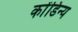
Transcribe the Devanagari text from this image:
कोंडिन्य